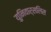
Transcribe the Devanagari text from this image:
युनिवार्सलिस